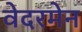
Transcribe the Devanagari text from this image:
वेदरमेन